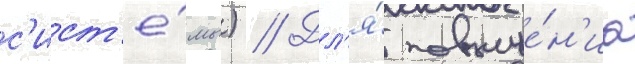
с'ист'е́мы) // Дл'я́ повыше́н'иа